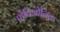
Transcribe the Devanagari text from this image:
प्रोपिओनिक